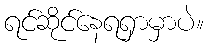
ရင်ဆိုင်နေရရှာမှာပဲ။